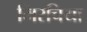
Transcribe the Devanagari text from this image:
मिरचिया